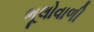
ભૂલોવાળી